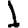
Digit: 1